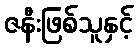
ဇနီးဖြစ်သူနှင့်